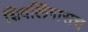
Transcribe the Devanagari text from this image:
शिवलिंगासच